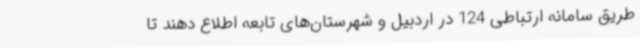
طریق سامانه ارتباطی 124 در اردبیل و شهرستان‌های تابعه اطلاع دهند تا